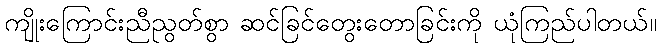
ကျိုးကြောင်းညီညွတ်စွာ ဆင်ခြင်တွေးတောခြင်းကို ယုံကြည်ပါတယ်။